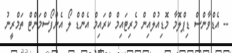
-- އެޑްވާންސް ޑިޕްލޮމާ މޮޑިއުލްއިން މެރިޓައިމް ކްރައިމް އެންޑް ލޯ އެންފޯސްމަންޓް ތަމްރީނު